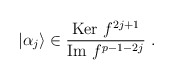
\begin{align*}\vert \alpha_j\rangle\in\frac{{\rm Ker}~f^{2j+1}}{{\rm Im}~f^{p-1-2j}}~.\end{align*}